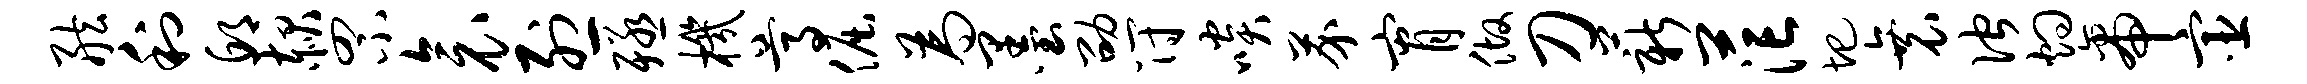
舷利邱赧罘衾烈殛机尊倔为墨劭符啖芥宵做刀薪茫圯衰伫灼帝宦